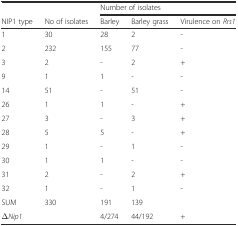
<table><thead><tr><td></td><td></td><td colspan="3"><b>Number of isolates</b></td></tr><tr><td><b>NIP1 type</b></td><td><b>No of isolates</b></td><td><b>Barley</b></td><td><b>Barley grass</b></td><td><b>Virulence on <i>Rrs1</i></b></td></tr></thead><tbody><tr><td>1</td><td>30</td><td>28</td><td>2</td><td>-</td></tr><tr><td>2</td><td>232</td><td>155</td><td>77</td><td>-</td></tr><tr><td>3</td><td>2</td><td>-</td><td>2</td><td>+</td></tr><tr><td>9</td><td>1</td><td>1</td><td>-</td><td>-</td></tr><tr><td>14</td><td>51</td><td>-</td><td>51</td><td>-</td></tr><tr><td>26</td><td>1</td><td>1</td><td>-</td><td>+</td></tr><tr><td>27</td><td>3</td><td>-</td><td>3</td><td>+</td></tr><tr><td>28</td><td>5</td><td>5</td><td>-</td><td>+</td></tr><tr><td>29</td><td>1</td><td>-</td><td>1</td><td>-</td></tr><tr><td>30</td><td>1</td><td>1</td><td>-</td><td>-</td></tr><tr><td>31</td><td>2</td><td>-</td><td>2</td><td>+</td></tr><tr><td>32</td><td>1</td><td>-</td><td>1</td><td>-</td></tr><tr><td>SUM</td><td>330</td><td>191</td><td>139</td><td></td></tr><tr><td>Δ<i>Nip1</i></td><td></td><td>4/274</td><td>44/192</td><td>+</td></tr></tbody></table>